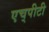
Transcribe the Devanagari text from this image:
एच्‌पीटी